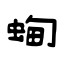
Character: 蜔